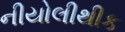
નીયોલીથીક